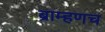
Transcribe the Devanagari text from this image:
ब्राम्हणच